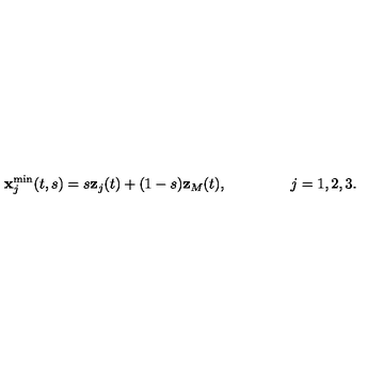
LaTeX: { \bf x } _ { j } ^ { \mathrm { m i n } } ( t , s ) = s { \bf z } _ { j } ( t ) + ( 1 - s ) { \bf z } _ { M } ( t ) , \ \qquad \qquad j = 1 , 2 , 3 .